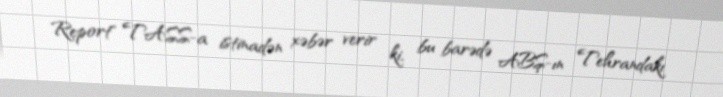
Report" TASS-a istinadən xəbər verir ki, bu barədə ABŞ-ın Tehrandakı